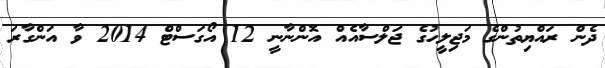
ދެން ރައްޔިތުންގެ މަޖިލީހުގެ ޖަލްސާއެއް އޮންނާނީ 12 އޯގަސްޓް 2014 ވާ އަންގާރަ